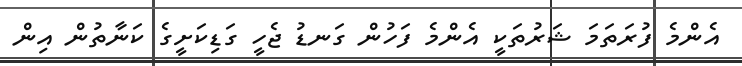
އެންމެ ފުރަތަމަ ޝަރުތަކީ އެންމެ ފަހުން ގަނޑު ޖެހީ ގަޑިކަށީގެ ކަނާތުން އިން